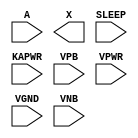
module sky130_fd_sc_hd__lpflow_isobufsrckapwr (
    //# {{data|Data Signals}}
    input  A    ,
    output X    ,

    //# {{power|Power}}
    input  SLEEP,
    input  KAPWR,
    input  VPB  ,
    input  VPWR ,
    input  VGND ,
    input  VNB
);
endmodule